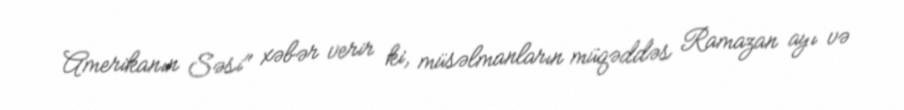
Amerikanın Səsi" xəbər verir ki, müsəlmanların müqəddəs Ramazan ayı və